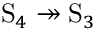
\mathrm { S } _ { 4 } \twoheadrightarrow \mathrm { S } _ { 3 }